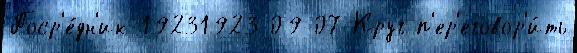
Поср'е́дн'ик 19231923-09-07 Круг п'ер'еговор'и́ть